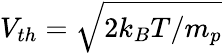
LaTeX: V_{th}=\sqrt{2k_{B}T/m_{p}}